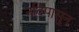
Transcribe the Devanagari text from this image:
नदिपासुन